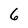
Character: 6